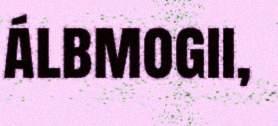
álbmogii,